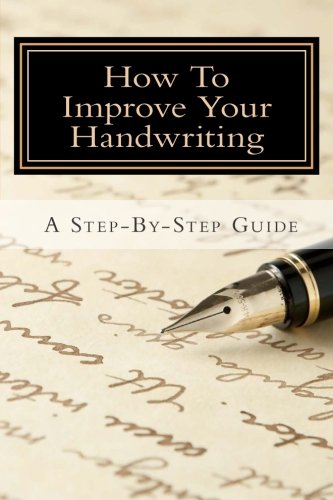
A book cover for How To Improve Your Handwriting:  A Step-By-Step Guide.; Ms. Margaret Shepherd; Reference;